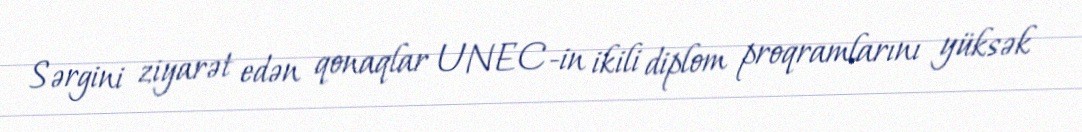
Sərgini ziyarət edən qonaqlar UNEC-in ikili diplom proqramlarını yüksək